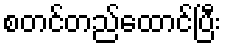
စတင်တည်ထောင်ပြီး